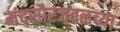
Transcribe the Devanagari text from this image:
मंदसौरजवळच्या